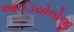
આઈડયોલોજી